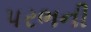
પરભની